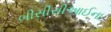
બીસીસીઆઈના